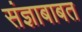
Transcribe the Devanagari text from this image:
संज्ञाबाबत